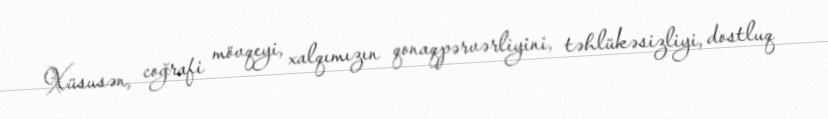
Xüsusən, coğrafi mövqeyi, xalqımızın qonaqpərvərliyini, təhlükəsizliyi, dostluq